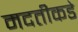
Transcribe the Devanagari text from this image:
मदतीकडे